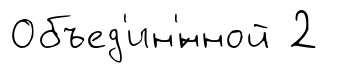
Объед'ин'́нной 2